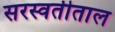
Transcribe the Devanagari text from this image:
सरस्वतीताल